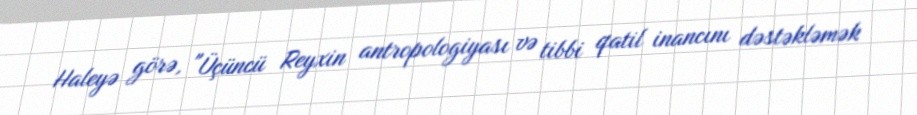
Haleyə görə, "Üçüncü Reyxin antropologiyası və tibbi qatil inancını dəstəkləmək